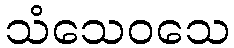
သံသေဝသေ